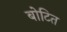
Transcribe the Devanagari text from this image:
बोटित